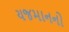
યજમાનનો